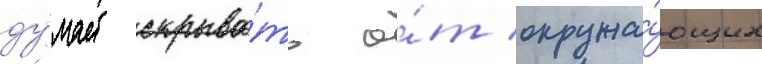
ду́мает скрыва́ть о́т окружа́ющих